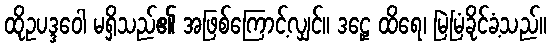
ထိုဥပဒ္ဒဝေါ မရှိသည်၏ အဖြစ်ကြောင့်လျှင်။ ဒဠှေ ထိရေ၊ မြဲမြံခိုင်ခံ့သည်။